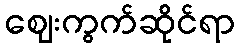
ဈေးကွက်ဆိုင်ရာ